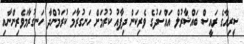
ސީރިއާގެ ރައީސް ބައްޝާރުލް އައްސަދުގެ ވެރިކަން ދިފާއު ކުރުމަށް ހަނގުރާމަ ކުރަމުންދާ ހަނގުރާމަވެރިންނާއި